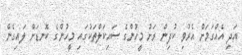
އަދި އެއްގަމަށް އެރުވި ކުދިން ރަށު މީހުންގެ ސައިކަލްތަކުގައި މީހުންގެ ކޮނޑަށް ލައިގެން